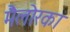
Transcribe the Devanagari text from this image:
मैलोरका